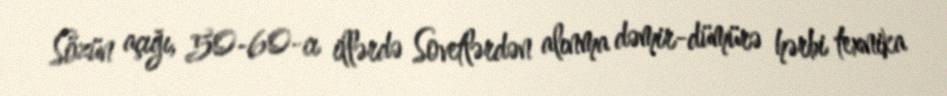
Sözün açığı, 50-60-cı illərdə Sovetlərdən alınma dəmir-dümürə hərbi texnika